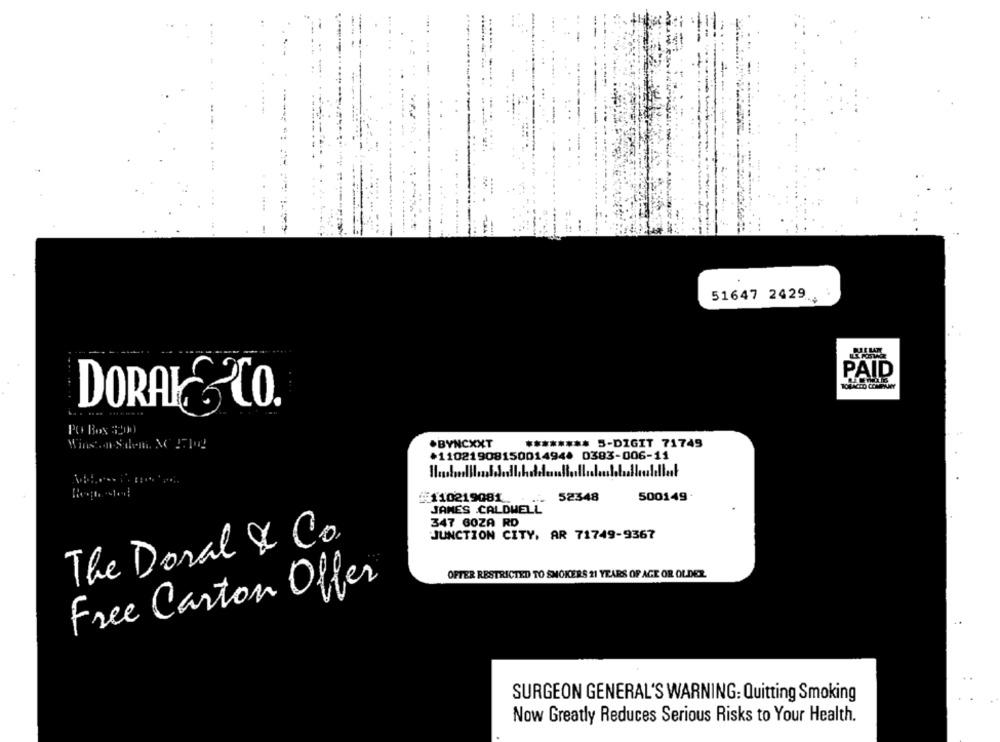
51647 2429
---
PAID
DORAL& CO.
PO Box 3200
Winston Sdem, & The
.BYNCXXT
******** 5-DIGIT 71749
+11021908150014944 0383-006-11
#110219081
52348
500149 .
JAMES CALDWELL
347 60ZA RD
JUNCTION CITY, AR 71749-9367
The Doral & Co.
OFTER RESTRICTED TO SMOKERS 21 YEARS OF AGE OR OLDER
Free Carton Offer
SURGEON GENERAL'S WARNING: Quitting Smoking
Now Greatly Reduces Serious Risks to Your Health.